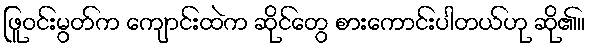
ဖြူဝင်းမွတ်က ကျောင်းထဲက ဆိုင်တွေ စားကောင်းပါတယ်ဟု ဆို၏။